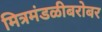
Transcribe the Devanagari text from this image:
मित्रमंडळीबरोबर